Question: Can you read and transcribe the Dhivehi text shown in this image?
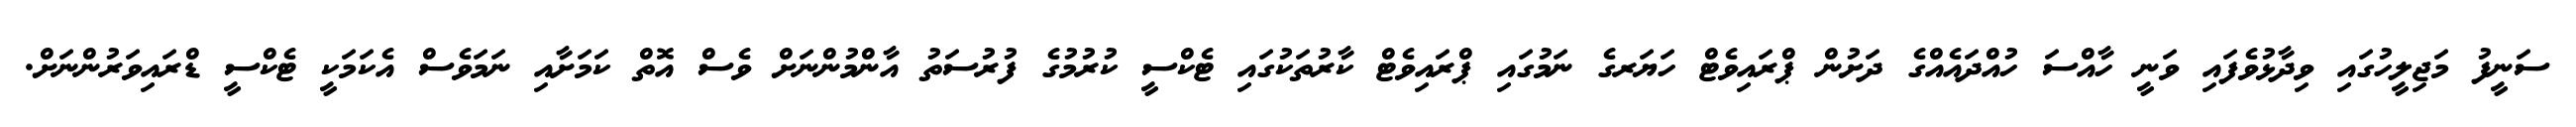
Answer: ސަނީފު މަޖިލީހުގައި ވިދާޅުވެފައި ވަނީ ހާއްސަ ހުއްދައެއްގެ ދަށުން ޕްރައިވެޓް ހަޔަރގެ ނަމުގައި ޕްރައިވެޓް ކާރުތަކުގައި ޓެކްސީ ކުރުމުގެ ފުރުސަތު އާންމުންނަށް ވެސް އޮތް ކަމަށާއި ނަމަވެސް އެކަމަކީ ޓެކްސީ ޑްރައިވަރުންނަށް.